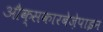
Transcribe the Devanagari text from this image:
औक्सकारबेज़ेपाइन